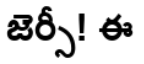
జెర్సీ! ఈ